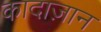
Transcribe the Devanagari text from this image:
कादाज़ान